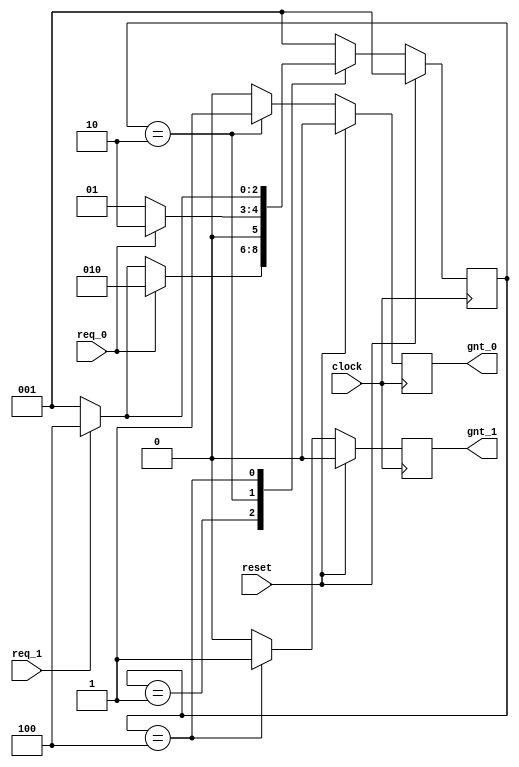
module fsm_using_function (
clock      , // clock
reset      , // Active high, syn reset
req_0      , // Request 0
req_1      , // Request 1
gnt_0      , // Grant 0
gnt_1      
);
//-------------Input Ports-----------------------------
input   clock,reset,req_0,req_1;
 //-------------Output Ports----------------------------
output  gnt_0,gnt_1;
//-------------Input ports Data Type-------------------
wire    clock,reset,req_0,req_1;
//-------------Output Ports Data Type------------------
reg     gnt_0,gnt_1;
//-------------Internal Constants--------------------------
parameter SIZE = 3           ;
parameter IDLE  = 3'b001,GNT0 = 3'b010,GNT1 = 3'b100 ;
//-------------Internal Variables---------------------------
reg   [SIZE-1:0]          state        ;// Seq part of the FSM
wire  [SIZE-1:0]          next_state   ;// combo part of FSM
//----------Code startes Here------------------------
assign next_state = fsm_function(state, req_0, req_1);
//----------Function for Combo Logic-----------------
function [SIZE-1:0] fsm_function;
  input  [SIZE-1:0]  state ;	
  input    req_0 ;
  input    req_1 ;
  case(state)
   IDLE : if (req_0 == 1'b1) begin
                fsm_function = GNT0;
              end else if (req_1 == 1'b1) begin
                fsm_function= GNT1;
              end else begin
                fsm_function = IDLE;
              end
   GNT0 : if (req_0 == 1'b1) begin
                fsm_function = GNT0;
              end else begin
                fsm_function = IDLE;
              end
   GNT1 : if (req_1 == 1'b1) begin
                fsm_function = GNT1;
          end else begin
                fsm_function = IDLE;
              end
   default : fsm_function = IDLE;
  endcase
endfunction
//----------Seq Logic-----------------------------
always @ (posedge clock)
begin : FSM_SEQ
  if (reset == 1'b1) begin
    state <= #1 IDLE;
  end else begin
    state <= #1 next_state;
  end
end
//----------Output Logic-----------------------------
always @ (posedge clock)
begin : OUTPUT_LOGIC
if (reset == 1'b1) begin
  gnt_0 <= #1 1'b0;
  gnt_1 <= #1 1'b0;
end
else begin
  case(state)
    IDLE : begin
                  gnt_0 <= #1 1'b0;
                  gnt_1 <= #1 1'b0;
               end
   GNT0 : begin
                   gnt_0 <= #1 1'b1;
                   gnt_1 <= #1 1'b0;
                end
   GNT1 : begin
                   gnt_0 <= #1 1'b0;
                   gnt_1 <= #1 1'b1;
                end
   default : begin
                    gnt_0 <= #1 1'b0;
                    gnt_1 <= #1 1'b0;
                  end
  endcase
end
end // End Of Block OUTPUT_LOGIC

endmodule